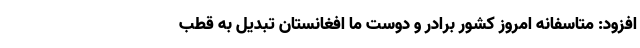
افزود: متاسفانه امروز کشور برادر و دوست ما افغانستان تبدیل به قطب